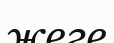
жеге